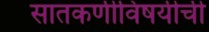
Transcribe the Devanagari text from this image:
सातकर्णीविषयीची